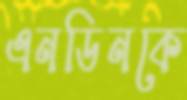
এনডিনকে